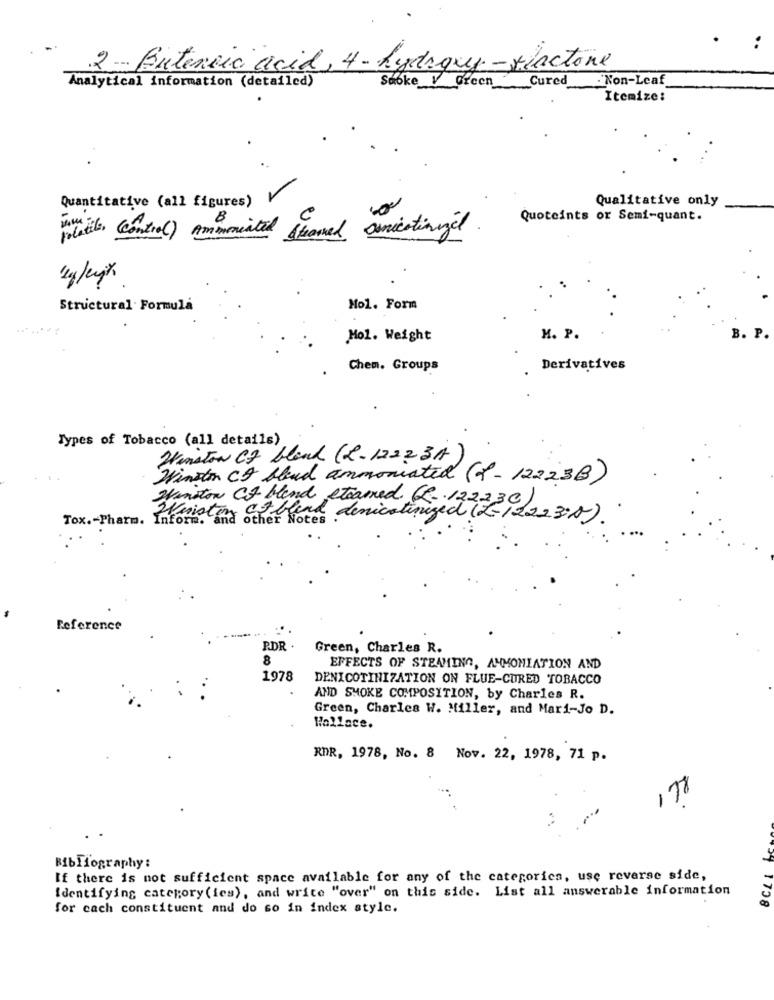
:
2 - Buteneic acid, 4- hydroxy-viactone
Analytical information (detailed)
Sooke V Green Cured Non-Leaf
Itemize:
Qualitative only
Quantitative (all figures)
Quoteints or Semi-quant.
while (control) Amimmiated Steamed Omnicotinizil
Structural Formula
Hol. Form
Mol. Weight
M. P.
B. P.
Chem. Groups
Derivatives
Types of Tobacco (all details)
Winston CF blend ( L - 1222 3A)
Winston CO bloud ammoniated (f- 12223B)
Winston Cf blend steamed. CR- 12233;)
Tox .- Pharm. Inform. and other Notes .
ca blend denicotinized (L- 122 230).
Reference
R.DR
Green, Charles R.
8
EFFECTS OF STEAMING, AMMONIATION AND
1978
DENICOTINIZATION ON FLUE-CURED TOBACCO
AND SMOKE COMPOSITION, by Charles R.
Green, Charles W. Miller, and Mari-Jo D.
Wallace.
RDR, 1978, No. 8 Nov. 22, 1978, 71 p.
178
Bibliography:
If there is not sufficient space available for any of the categories, use reverse side,
Identifying category (ies), and write "over" on this side. List all answerable information
for cach constituent and do so in index style.
27 1758